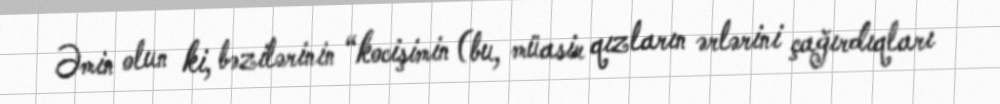
Əmin olun ki, bəzilərinin “kocişimin (bu, müasir qızların ərlərini çağırdıqları